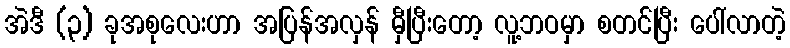
အဲဒီ (၃) ခုအစုလေးဟာ အပြန်အလှန် မှီပြီးတော့ လူ့ဘဝမှာ စတင်ပြီး ပေါ်လာတဲ့